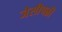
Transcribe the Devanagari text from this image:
जेसीपन्नी